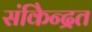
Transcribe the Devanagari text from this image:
संकेिन्द्रत